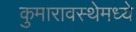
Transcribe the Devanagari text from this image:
कुमारावस्थेमध्ये